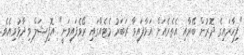
"ފިހާރައިގެ ދޮރުން ބޭރާއި އެތެރެއަށް އަޅާފައިވާ ރަބަރު މެޓެއްގައި ރޯވެފައިވަނީ" އޮފިޝަލް ވިދާޅުވިއެވެ.